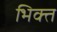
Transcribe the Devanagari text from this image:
भिक्त